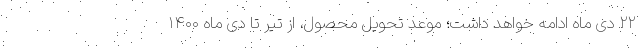
۲۲ دی ماه ادامه خواهد داشت؛ موعد تحویل محصول، از تیر تا دی ماه ۱۴۰۰